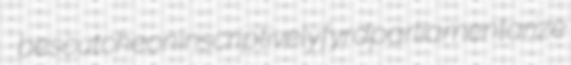
bescutcheon inscriptively fyrd parliamentarize